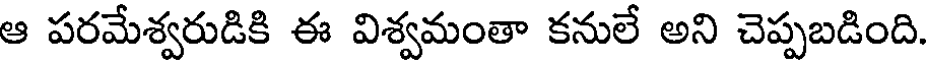
ఆ పరమేశ్వరుడికి ఈ విశ్వమంతా కనులే అని చెప్పబడింది.